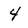
Character: 4